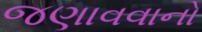
જણાવવાનો